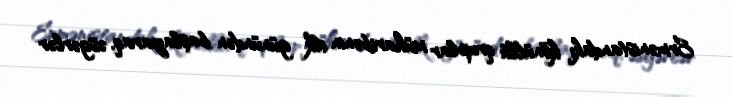
Ermənistandakı könüllü qruplar müharibənin ilk günündən başlayaraq, əsgərlər